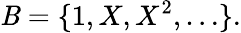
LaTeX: \mathit{B}=\{ 1,X,X^{2},\ldots\} .